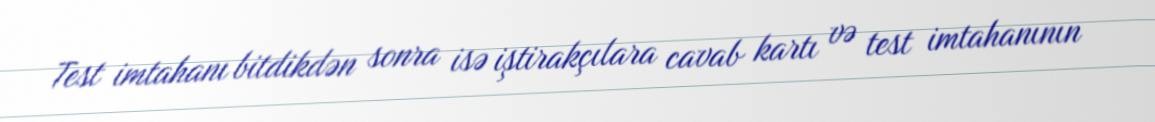
Test imtahanı bitdikdən sonra isə iştirakçılara cavab kartı və test imtahanının